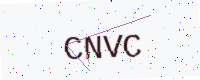
Text: CNVC